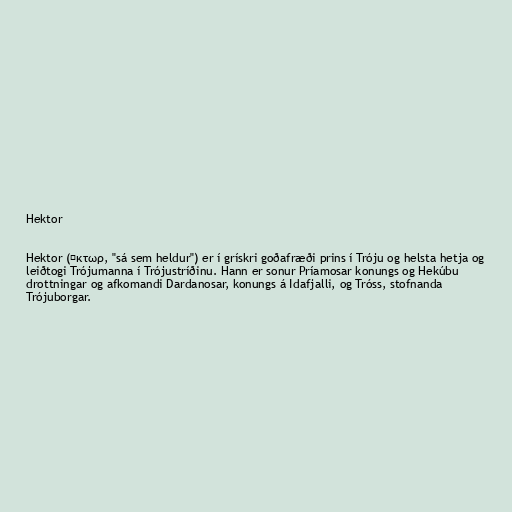
Hektor

Hektor (Ἕκτωρ, "sá sem heldur") er í grískri goðafræði prins í Tróju og helsta hetja og
leiðtogi Trójumanna í Trójustríðinu. Hann er sonur Príamosar konungs og Hekúbu
drottningar og afkomandi Dardanosar, konungs á Idafjalli, og Tróss, stofnanda
Trójuborgar.